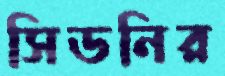
সিডনির